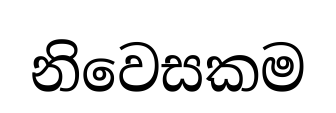
නිවෙසකම